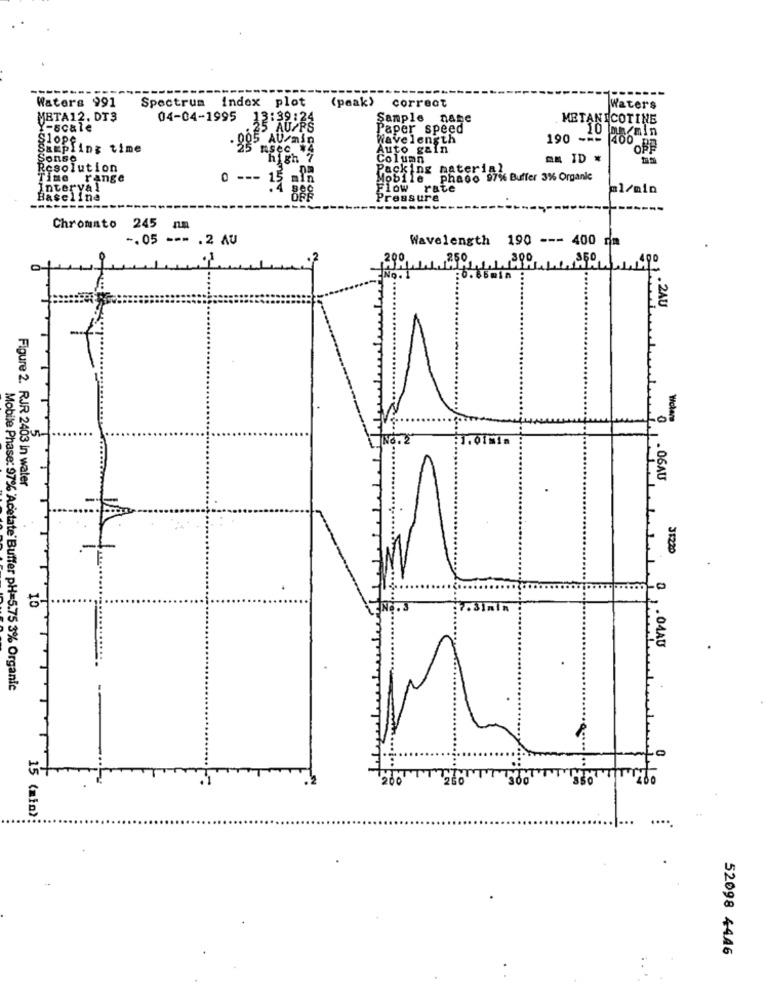
-----.
Waters 991
Spectrum index plot
(peak) correct
aters
META12. DT3
04-04-1995
13:39:24
Sample nane
METANICOTINE
Y-scale
Paper speed
Wavelength
190 ---
10 angmin
Slogfing time
Auto gain
Sonso
high
Column
OM ID *
Resolution
Packing material
Time range
Mobile phaco 971 Buffer 3%% Organic
Interval
0 --- 15
Flow rate
ml/min
Baseline
Pressure
---------
Chromato
245 nm
-. 05 --- . 2 AU
Wavelength 190 --- 400 nm
,250
21 . 2AU
0
Wclam
:1.01min
. 06AU
Figure 2. RJR 2403 in water
.
--
31220
5-
1 .04AU
.
Mobile Phase: 97% 'Acetate' Buffer pH=5.75 3% Organic
15 (min)
52098 4446